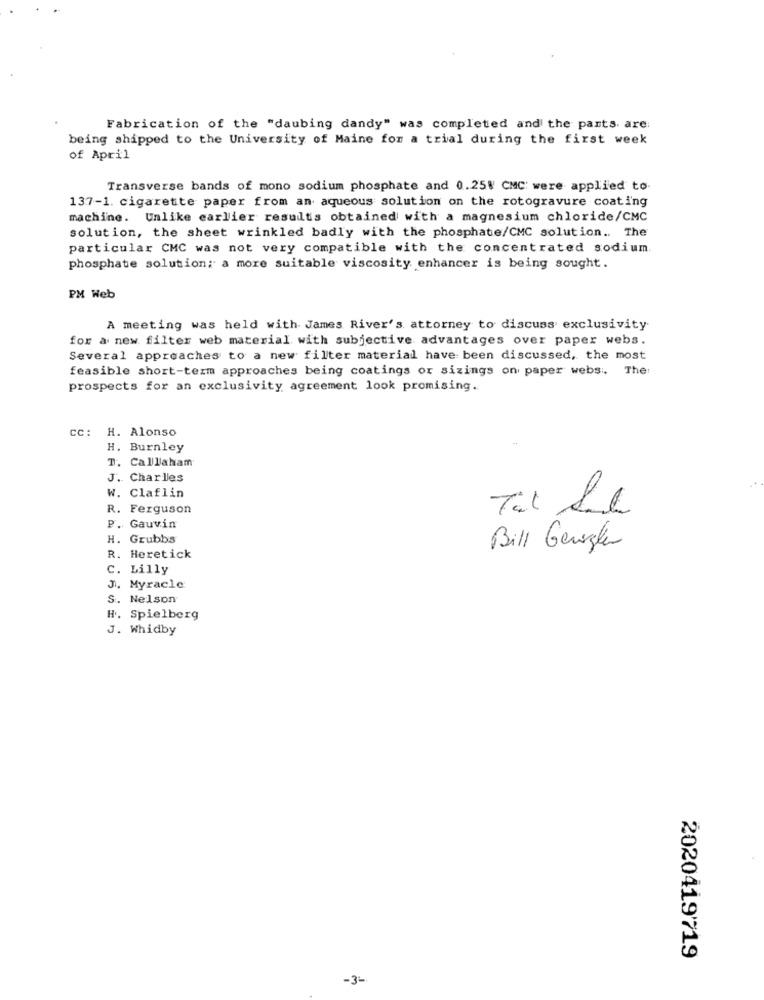
Fabrication of the "daubing dandy" was completed and the pants. are:
being shipped to the University of Maine for a trial during the first week
of April
Transverse bands of mono sodium phosphate and 0.25 CMC' were applied to-
137-1. cigarette paper from an aqueous solution on the rotogravure coating
machine. Unlike earlier results obtained with a magnesium chloride/CMC
solution, the sheet wrinkled badly with the phosphate/CMC solution .. The
particular CMC was not very compatible with the concentrated sodium
phosphate solution; a more suitable viscosity enhancer is being sought.
PM Web
A meeting was held with James River's attorney to discuss exclusivity
for a new filter web material with subjective advantages over paper webs.
Several approaches to a new filter material have been discussed, the most
feasible short-term approaches being coatings or sizings on paper webs. The
prospects for an exclusivity agreement look promising ..
cc: H. Alonso
H. Burnley
T. Callaham
J. Charles
W. Claflin
R. Ferguson
P. Gauvin
H. Grubbs
Bill Geregler
R. Heretick
C. Lilly
J. Myracle
S. Nelson
H. Spielberg
J. Whidby
2020419719
-3-